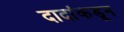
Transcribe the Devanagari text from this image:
दादांकडून